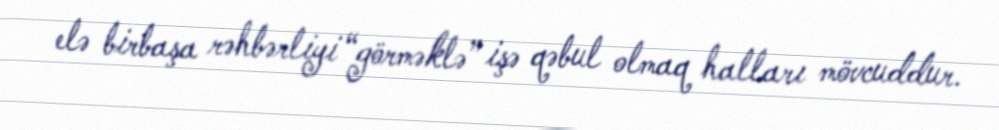
elə birbaşa rəhbərliyi “görməklə” işə qəbul olmaq halları mövcuddur.